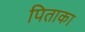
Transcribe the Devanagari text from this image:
पिताका